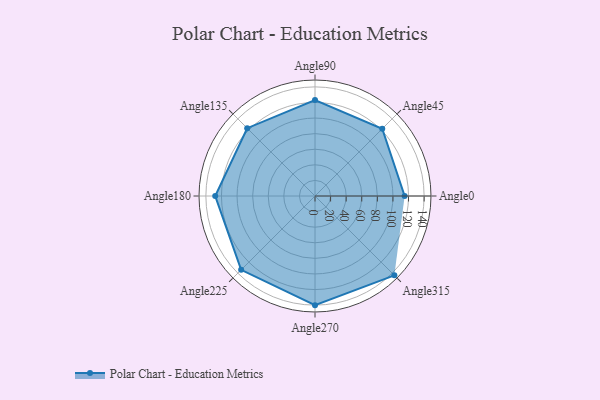
{"axis": {"x": "Angle", "y": "Radius"}, "legend": [""], "data": [{"x": "Angle0", "y": 115.0, "type": ""}, {"x": "Angle45", "y": 122.0, "type": ""}, {"x": "Angle90", "y": 123.0, "type": ""}, {"x": "Angle135", "y": 123.0, "type": ""}, {"x": "Angle180", "y": 128.0, "type": ""}, {"x": "Angle225", "y": 134.0, "type": ""}, {"x": "Angle270", "y": 140.0, "type": ""}, {"x": "Angle315", "y": 144.0, "type": ""}]}